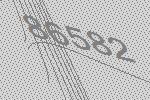
86582